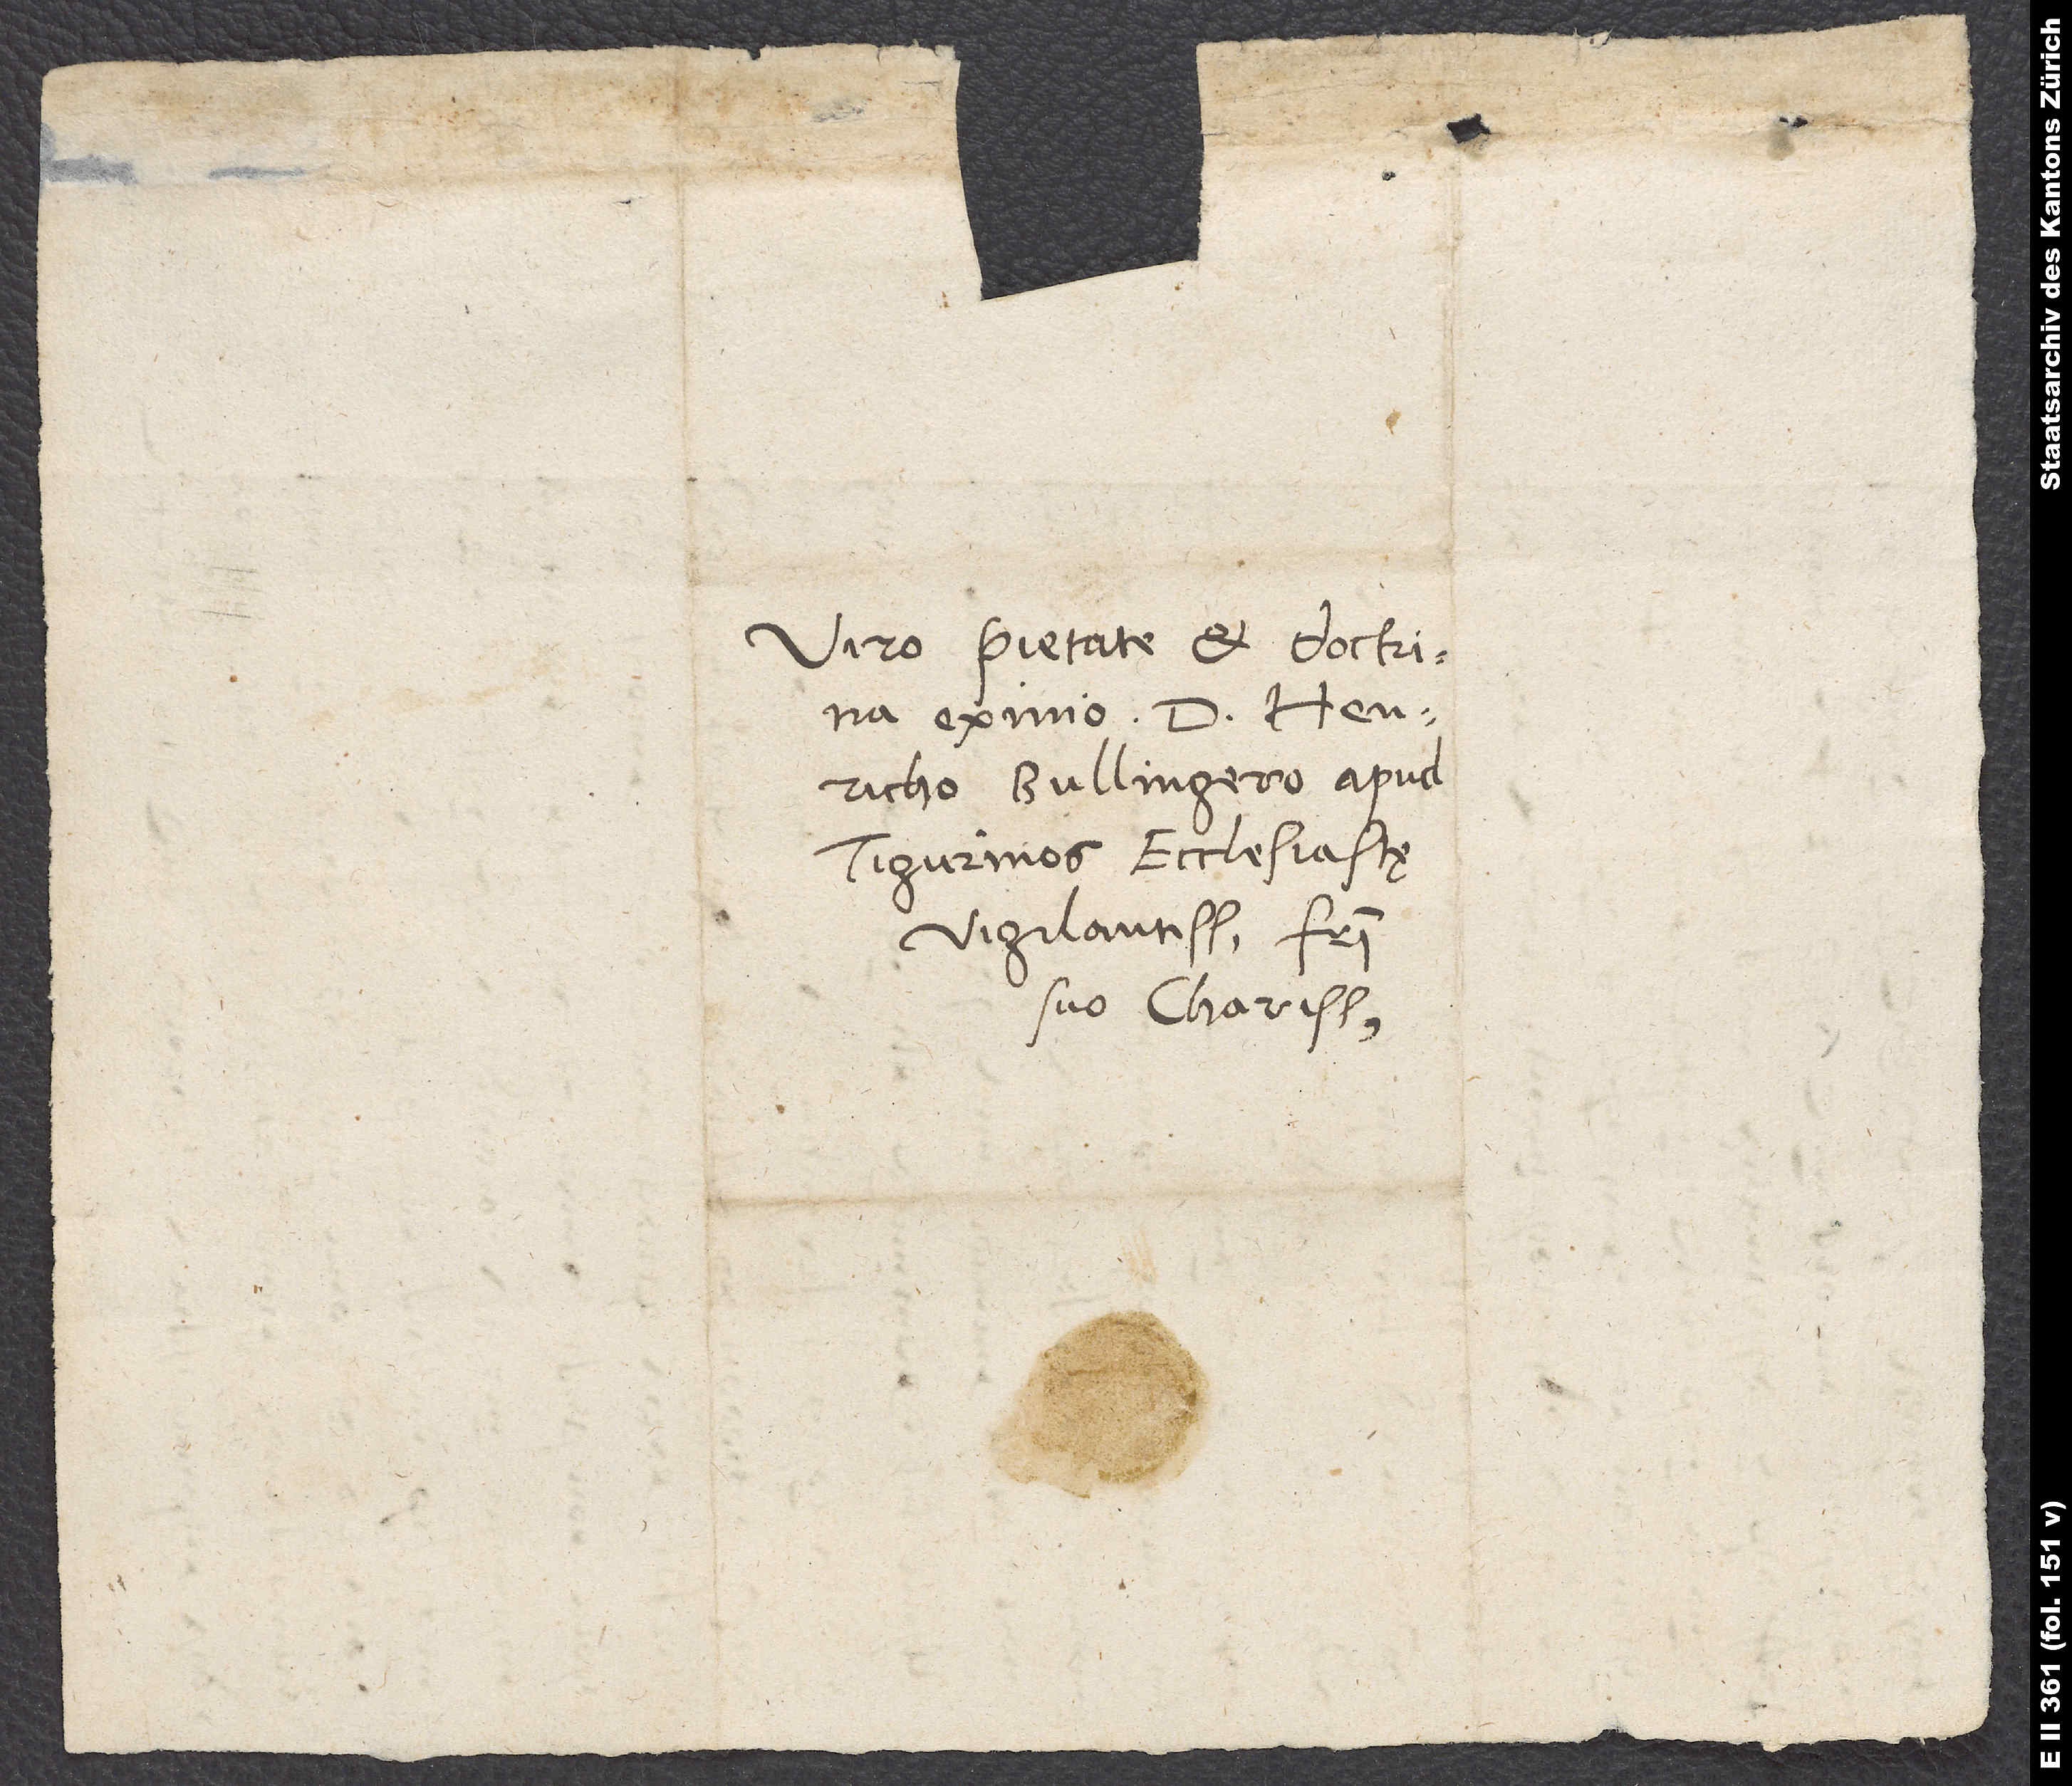
Viro pietate et doctrina
eximio d. Henricho
Bullingero, apud
Tigurinos ecclesiastę
vigilantissimo, fratri
suo charissimo.